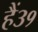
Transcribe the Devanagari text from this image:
हैं३१